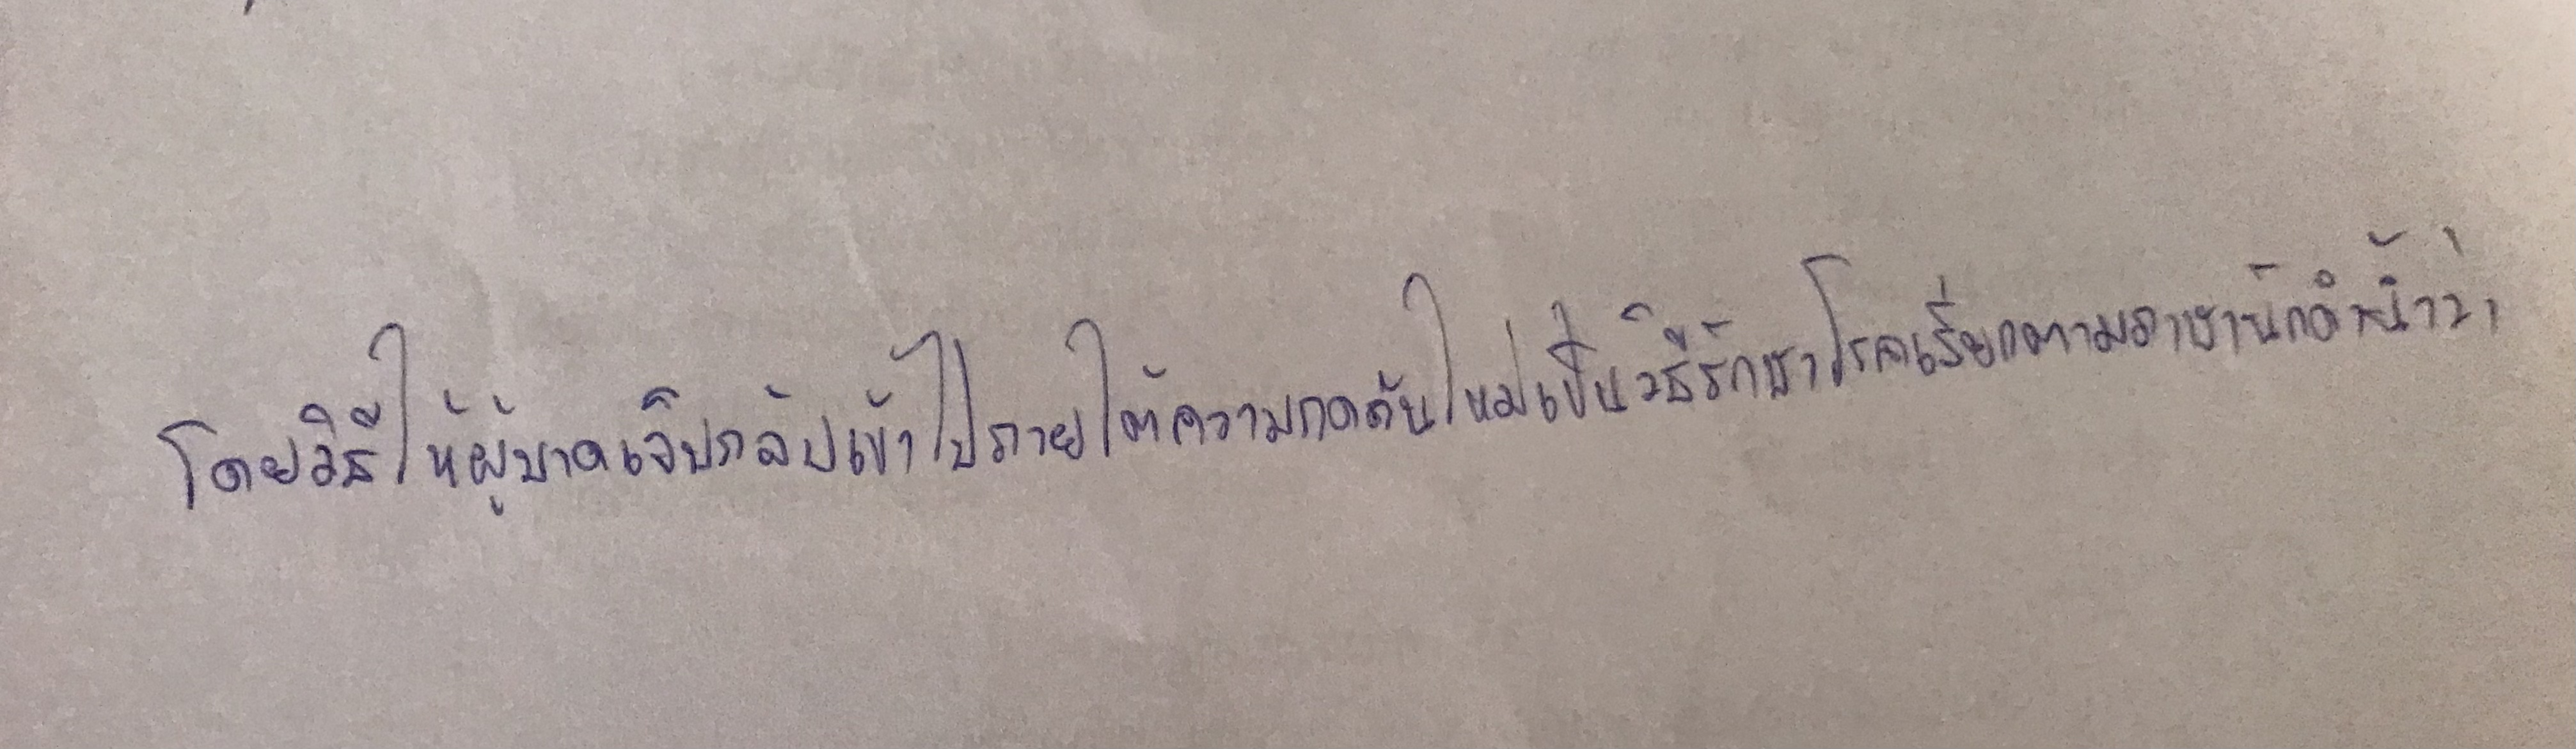
โดยวิธีให้ผู้บาดเจ็บกลับเข้าไปอยู่ภายใต้ความกดดันใหม่เป็นวิธีรักษาโรคเรียกตามภาษานักดำน้ำว่า